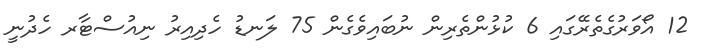
12 އޯވަރުގެތެރޭގައި 6 ކުޅުންތެރިން ނުބައިވެގެން 75 ލަނޑު ހެދިއިރު ނިއުސްޓާރ ހެދުނީ